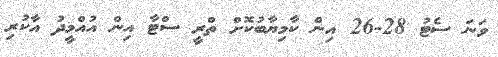
ވަނަ ސެޓު 28-26 އިން ކާމިޔާބުކޮށް ތްރީ ސްޓާ އިން އުއްމީދު އާކުރި